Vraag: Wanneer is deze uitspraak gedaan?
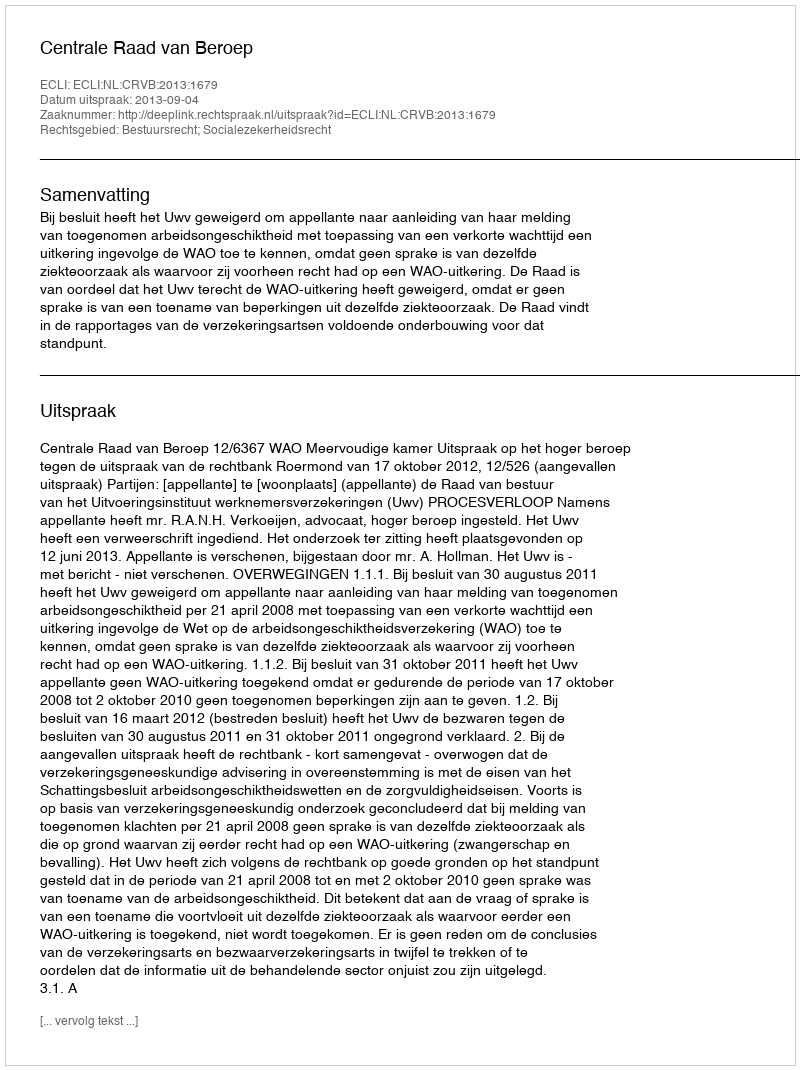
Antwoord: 2013-09-04